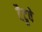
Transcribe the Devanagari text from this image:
टैटुवे